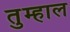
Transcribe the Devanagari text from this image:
तुम्हाल